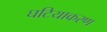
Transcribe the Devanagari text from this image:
घटियाकरण